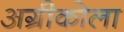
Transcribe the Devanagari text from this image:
अग्रीकोला